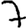
Digit: 7